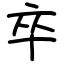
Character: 卒